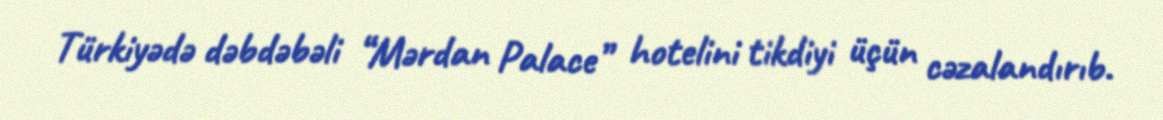
Türkiyədə dəbdəbəli “Mərdan Palace” hotelini tikdiyi üçün cəzalandırıb.